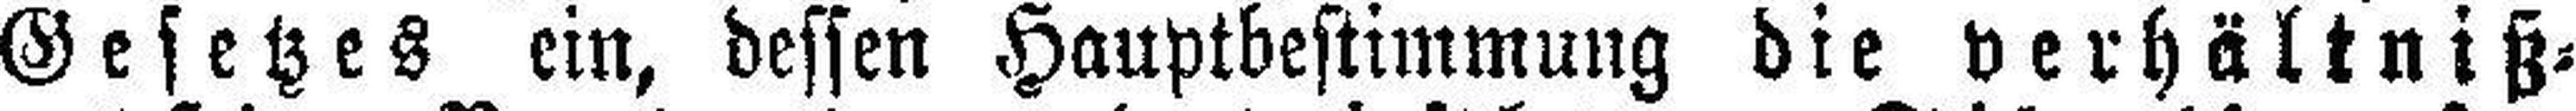
Gesetzes ein, dessen Hauptbestimmung die verhältniß¬